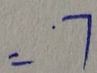
= 7